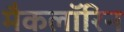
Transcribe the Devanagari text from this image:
मैकलॉरिन